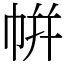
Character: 帲